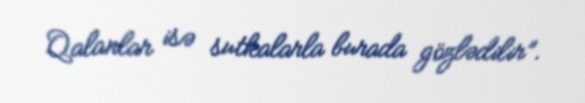
Qalanlar isə sutkalarla burada gözlədilir”.